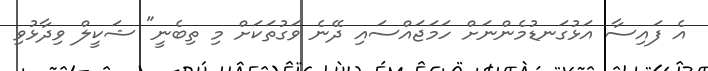
އެ ފައިސާ އަޅުގަނޑުމެންނަށް ހަމަޖައްސައި ދޭނެ ވަގުތަކަށް މި ތިބެނީ" ޝަކީލް ވިދާޅުވި